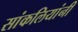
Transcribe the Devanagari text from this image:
सांकलियांनी